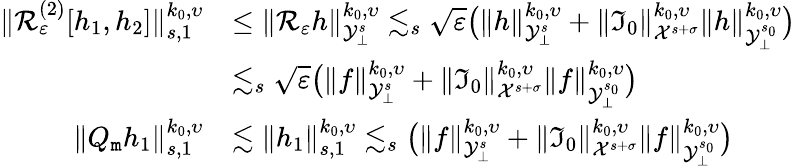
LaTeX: \begin{array}{rl}{\| {\cal R}_{\varepsilon}^{(2)}[h_{1},h_{2}]\| _{s,1}^{k_{0},\upsilon}}&{\leq\| {\cal R}_{\varepsilon}h\| _{{\cal Y}_{\bot}^{s}}^{k_{0},\upsilon}\lesssim_{s}\sqrt{\varepsilon}\big(\| h\| _{{\cal Y}_{\bot}^{s}}^{k_{0},\upsilon}+\| {\mathfrak I}_{0}\| _{{\cal X}^{s+\sigma}}^{k_{0},\upsilon}\| h\| _{{\cal Y}_{\bot}^{s_{0}}}^{k_{0},\upsilon}\big)}\\ &{\lesssim_{s}\sqrt{\varepsilon}\big(\| f\| _{{\cal Y}_{\bot}^{s}}^{k_{0},\upsilon}+\| {\mathfrak I}_{0}\| _{{\cal X}^{s+\sigma}}^{k_{0},\upsilon}\| f\| _{{\cal Y}_{\bot}^{s_{0}}}^{k_{0},\upsilon}\big)}\\ {\| Q_{\mathtt m}h_{1}\| _{s,1}^{k_{0},\upsilon}}&{\lesssim\| h_{1}\| _{s,1}^{k_{0},\upsilon}\lesssim_{s}\big(\| f\| _{{\cal Y}_{\bot}^{s}}^{k_{0},\upsilon}+\| {\mathfrak I}_{0}\| _{{\cal X}^{s+\sigma}}^{k_{0},\upsilon}\| f\| _{{\cal Y}_{\bot}^{s_{0}}}^{k_{0},\upsilon}\big)}\end{array}